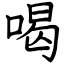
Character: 喝